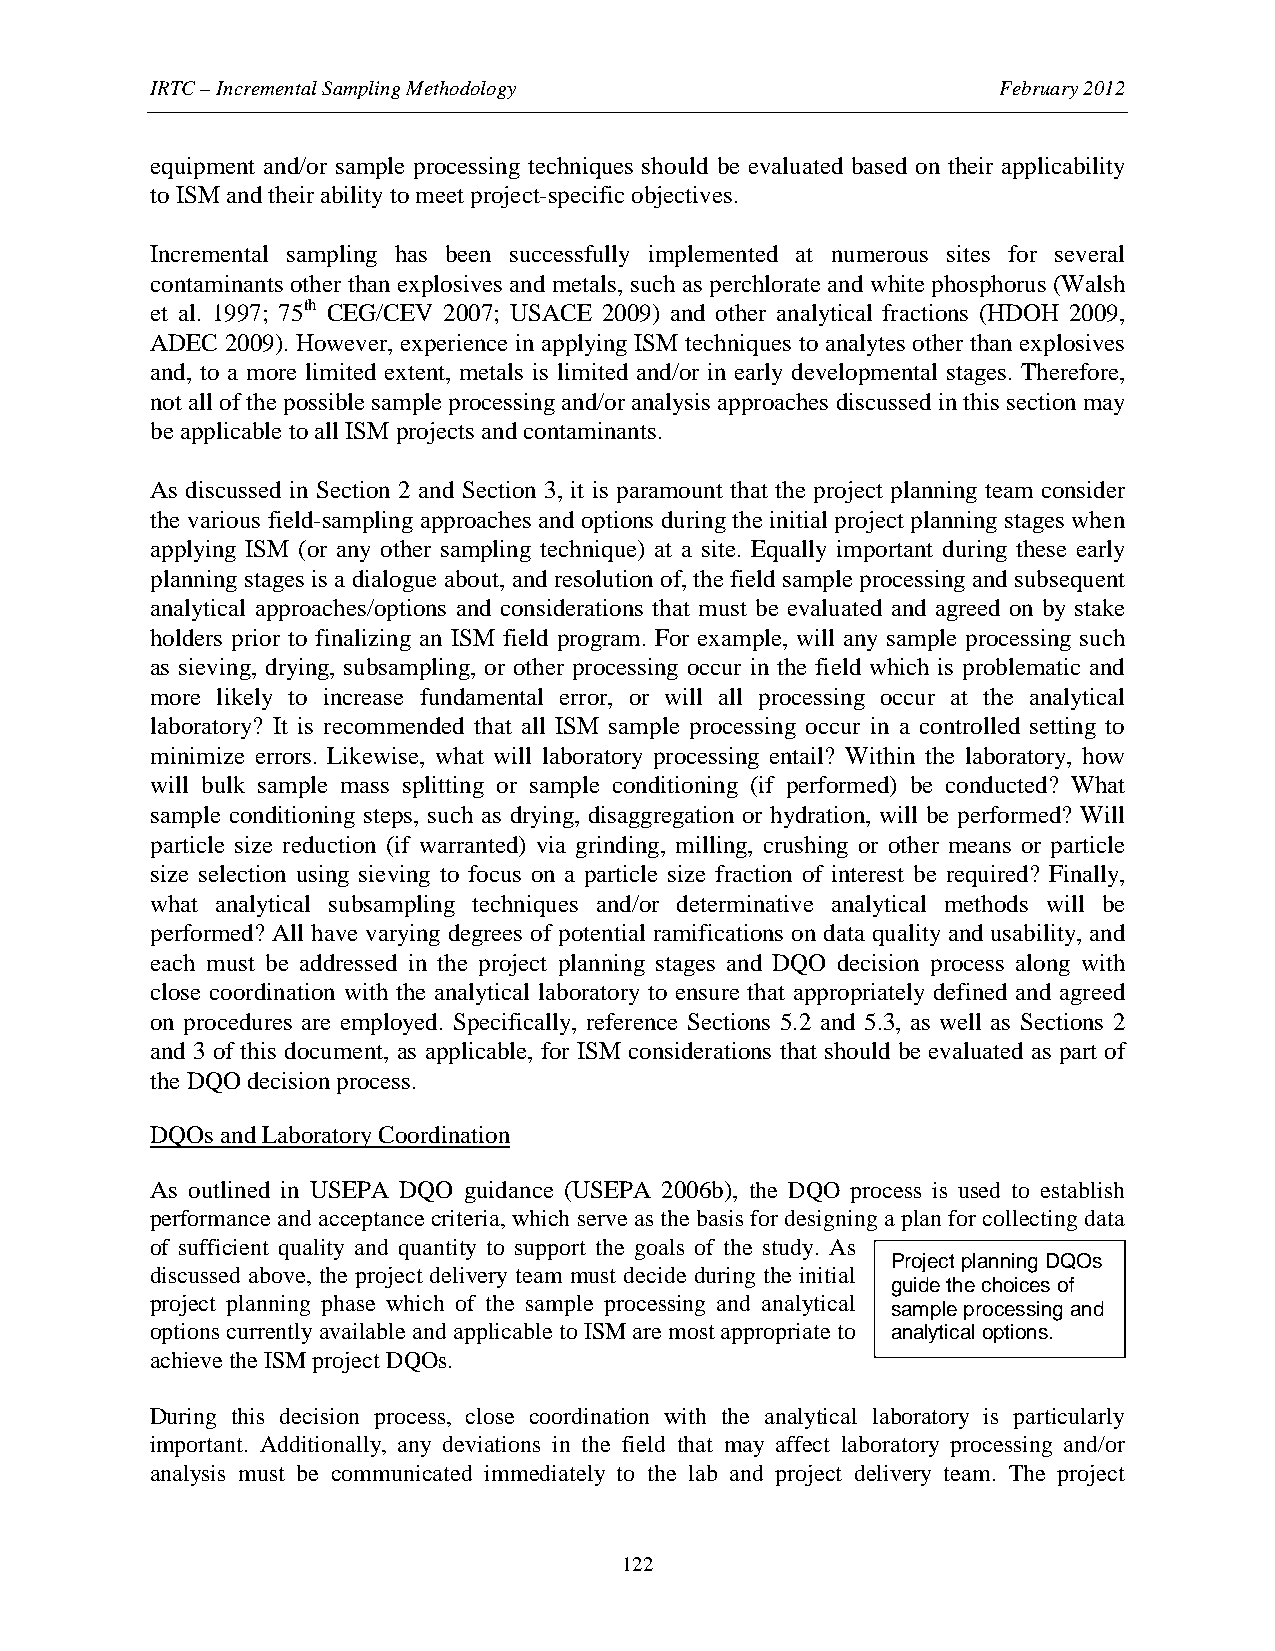
IRTC – Incremental Sampling Methodology                 February 2012
 equipment and/or sample processing techniques should be evaluated based on their applicability
 to ISM and their ability to meet project-specific objectives.
 Incremental sampling has been successfully implemented at numerous sites for several
 contaminants other than explosives and metals, such as perchlorate and white phosphorus (Walsh
 et al. 1997; 75th CEG/CEV 2007; USACE 2009) and other analytical fractions (HDOH 2009,
 ADEC 2009). However, experience in applying ISM techniques to analytes other than explosives
 and, to a more limited extent, metals is limited and/or in early developmental stages. Therefore,
 not all of the possible sample processing and/or analysis approaches discussed in this section may
 be applicable to all ISM projects and contaminants.
 As discussed in Section 2 and Section 3, it is paramount that the project planning team consider
 the various field-sampling approaches and options during the initial project planning stages when
 applying ISM (or any other sampling technique) at a site. Equally important during these early
 planning stages is a dialogue about, and resolution of, the field sample processing and subsequent
 analytical approaches/options and considerations that must be evaluated and agreed on by stake
 holders prior to finalizing an ISM field program. For example, will any sample processing such
 as sieving, drying, subsampling, or other processing occur in the field which is problematic and
 more likely to increase fundamental error, or will all processing occur at the analytical
 laboratory? It is recommended that all ISM sample processing occur in a controlled setting to
 minimize errors. Likewise, what will laboratory processing entail? Within the laboratory, how
 will bulk sample mass splitting or sample conditioning (if performed) be conducted? What
 sample conditioning steps, such as drying, disaggregation or hydration, will be performed? Will
 particle size reduction (if warranted) via grinding, milling, crushing or other means or particle
 size selection using sieving to focus on a particle size fraction of interest be required? Finally,
 what analytical subsampling techniques and/or determinative analytical methods will be
 performed? All have varying degrees of potential ramifications on data quality and usability, and
 each must be addressed in the project planning stages and DQO decision process along with
 close coordination with the analytical laboratory to ensure that appropriately defined and agreed
 on procedures are employed. Specifically, reference Sections 5.2 and 5.3, as well as Sections 2
 and 3 of this document, as applicable, for ISM considerations that should be evaluated as part of
 the DQO decision process.
 DQOs and Laboratory Coordination
 As outlined in USEPA DQO guidance (USEPA 2006b), the DQO process is used to establish
 performance and acceptance criteria, which serve as the basis for designing a plan for collecting data
 of sufficient quality and quantity to support the goals of the study. As
 Project planning DQOs
 discussed above, the project delivery team must decide during the initial
 guide the choices of
 project planning phase which of the sample processing and analytical
 sample processing and
 options currently available and applicable to ISM are most appropriate to analytical options.
 achieve the ISM project DQOs.
 During this decision process, close coordination with the analytical laboratory is particularly
 important. Additionally, any deviations in the field that may affect laboratory processing and/or
 analysis must be communicated immediately to the lab and project delivery team. The project
 122